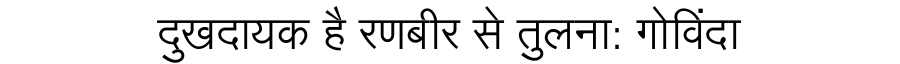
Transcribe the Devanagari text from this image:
दुखदायक है रणबीर से तुलना: गोविंदा